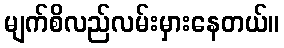
မျက်စိလည်လမ်းမှားနေတယ်။